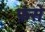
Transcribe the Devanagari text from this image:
फ़ंसे